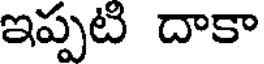
ఇప్పటి దాకా